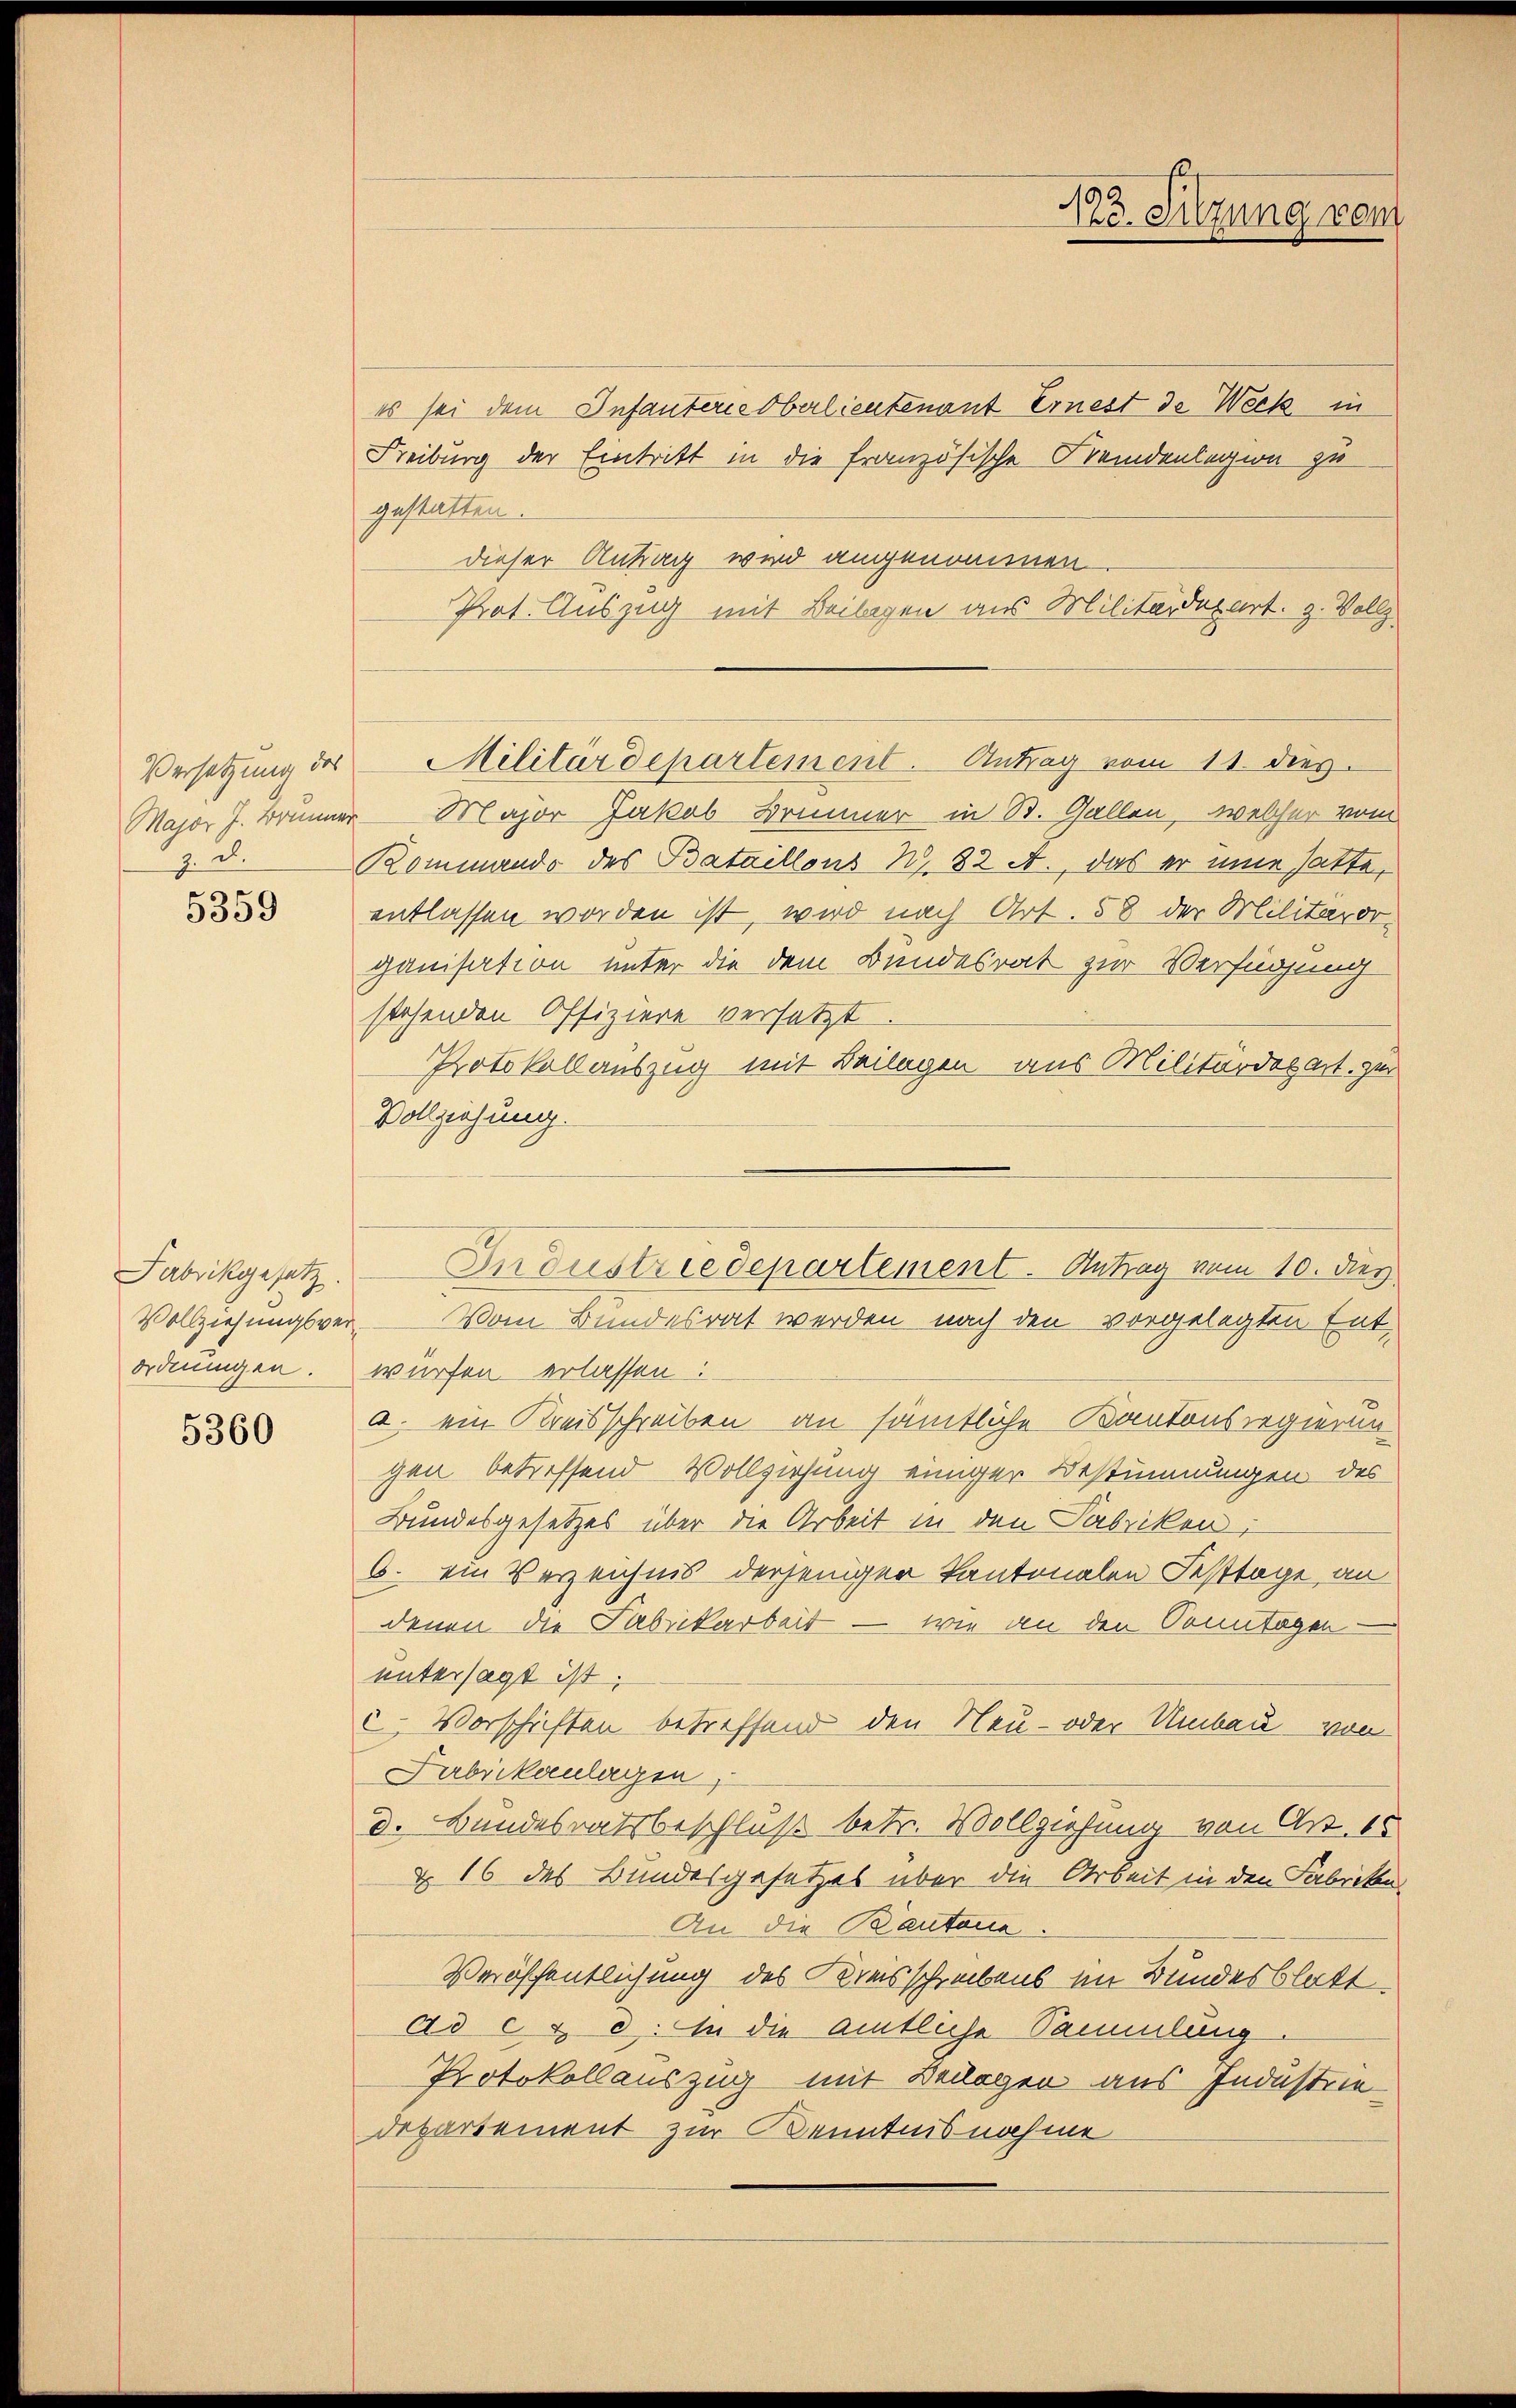
Major J. Brunner
z. d.

5359

Fabrikgesetz
Vollziehungsver¬
Ordnungen.

5360

es sei dem Infanterie Oberlieutenant Ernest de Weck in
Freiburg der Eintritt in die französische Fremdenlegion zu
gestatten
dieser Antrag wird angenommen
Prot. Auszug mit Beilagen aus Militärdepart. 3. Vollz
Major Jakob Brunner in St. Gallen, welcher vom
Rommando des Bataillons N. 82 A., das er eine hatte,
entlassen worden ist, wird nach Art. 58 der Militärdiganisation unter die dem Bundesrat zur Verfügung
stehenden Offiziere versetzt.
Protokollauszug mit Beilagen aus Militärdepart, zur
Vollziehung.
würfen erlassen:
a. ein Kreisschreiben an sämtliche Kantonsregierung
gen betreffend Vollziehung einiger Bestimmungen des
Bundesgesetzes über die Arbeit in den Fabriken,
6. ein Verzeichnis derjeniger Kantonalen Festtage, an
denen die Fabrikarbeit — wie an den Sonntagen
untersagt ist.
c. Vorschriften betreffend den Neu- oder Umbau von
Fabrikanlagen,
d. Bundesratsbeschluß betr. Vollziehung von Art. 15
§ 16 des Bundesgesetzes über die Arbeit in den Fabrike
An die Kantone.
Veröffentlichung des Kreisschreibens im Bundesblatt
ad c. c. In die amtliche Sammlung
Protokollauszug mit Beilagen aus Industrie
departement zur Kenntnisnahme

Versetzung des Militärdepartement. Antrag vom 11. dies

A. Sitzung vom

Industriedepartement. Antrag vom 10. des
Vom Bundesrat werden nach den vorgelegten Ent¬